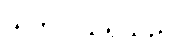
သတင်းသိရသည်